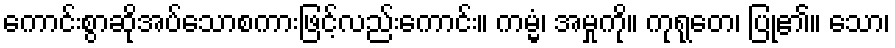
ကောင်းစွာဆိုအပ်သောစကားဖြင့်လည်းကောင်း။ ကမ္မံ၊ အမှုကို။ ကုရုတေ၊ ပြု၏။ သော၊